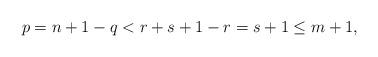
LaTeX: \begin{align*}p=n+1-q<r+s+1-r=s+1\leq m+1,\end{align*}